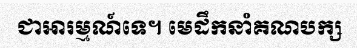
ជាអារម្មណ៍ទេ។ មេដឹកនាំគណបក្ស